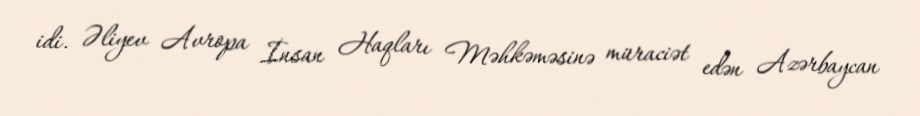
idi. Əliyev Avropa İnsan Haqları Məhkəməsinə müraciət edən Azərbaycan